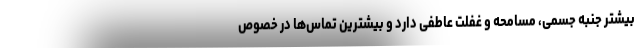
بیشتر جنبه جسمی، مسامحه و غفلت عاطفی دارد و بیشترین تماس‌ها در خصوص